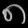
Digit: ၈